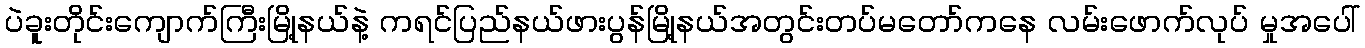
ပဲခူးတိုင်းကျောက်ကြီးမြို့နယ်နဲ့ ကရင်ပြည်နယ်ဖားပွန်မြို့နယ်အတွင်းတပ်မတော်ကနေ လမ်းဖောက်လုပ် မှုအပေါ်